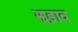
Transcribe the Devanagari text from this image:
झड़ाव